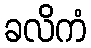
ခလိကံ